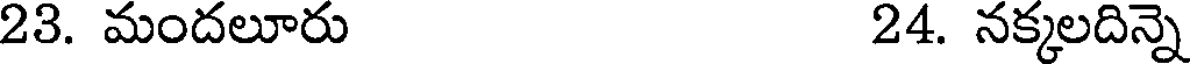
23. మందలూరు 24. నక్కలదిన్నె